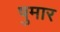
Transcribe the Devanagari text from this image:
षुमार